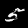
Digit: 5